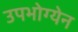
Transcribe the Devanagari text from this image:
उपभोग्येन